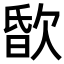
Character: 𣣏